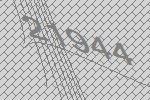
21944